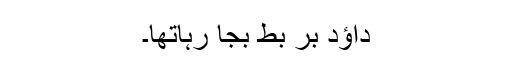
داؤد بر بط بجا رہاتھا۔